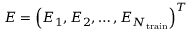
\boldsymbol { E } = \left( E _ { 1 } , E _ { 2 } , \ldots , E _ { { N } _ { \mathrm { t r a i n } } } \right) ^ { T }